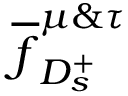
\overline { f } _ { D _ { s } ^ { + } } ^ { \mu \& \tau }